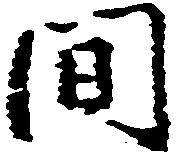
間